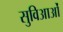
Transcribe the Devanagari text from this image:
सुविआओं